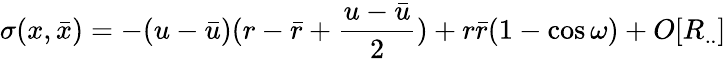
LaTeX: \sigma(x,{\bar{x}})=-(u-{\bar{u}})(r-{\bar{r}}+\frac{u-{\bar{u}}}{2})+r{\bar{r}}(1-\cos\omega)+O[R_{..}]